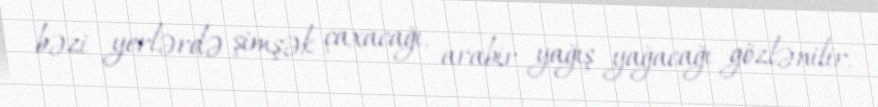
bəzi yerlərdə şimşək çaxacağı, arabir yağış yağacağı gözlənilir.